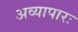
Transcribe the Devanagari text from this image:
अव्यापारः